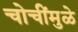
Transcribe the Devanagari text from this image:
चोचींमुळे